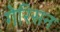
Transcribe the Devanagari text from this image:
गेरिसन